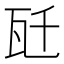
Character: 瓩